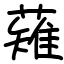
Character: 薙